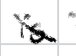
Text: is
Cross-out: diagonal
Writing tool: digital_black